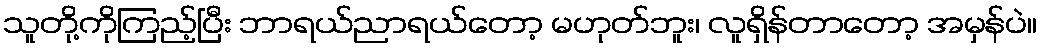
သူတို့ကိုကြည့်ပြီး ဘာရယ်ညာရယ်တော့ မဟုတ်ဘူး၊ လူရှိန်တာတော့ အမှန်ပဲ။